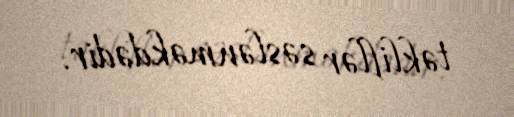
təkliflər səslənməkdədir.